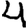
Digit: 4